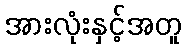
အားလုံးနှင့်အတူ